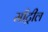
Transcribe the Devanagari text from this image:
माँट्रील